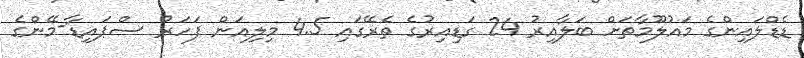
ޑެޑްލައިންގެ މައުލޫމާތަށް ބަލާއިރު 24 ގަޑިއިރުގެ ތެރޭގައި 4.5 މިލިއަން ފަހަރު ސްޕައިޑާ-މޭންގެ